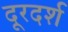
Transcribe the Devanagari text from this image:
दूरदर्श